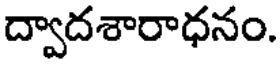
ద్వాదశారాధనం.